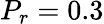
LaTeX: P_{r}=0.3